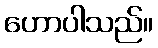
ဟောပါသည်။